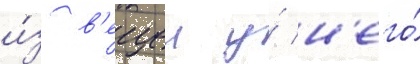
и́з в'ещеи у́ н'его́